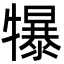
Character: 犦